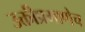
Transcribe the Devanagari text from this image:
उक्तीप्रमाणेच